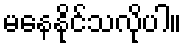
မနေနိုင်သလိုပါ။